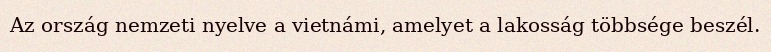
Az ország nemzeti nyelve a vietnámi, amelyet a lakosság többsége beszél.